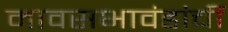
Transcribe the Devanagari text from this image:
मावसभावंडांचीं